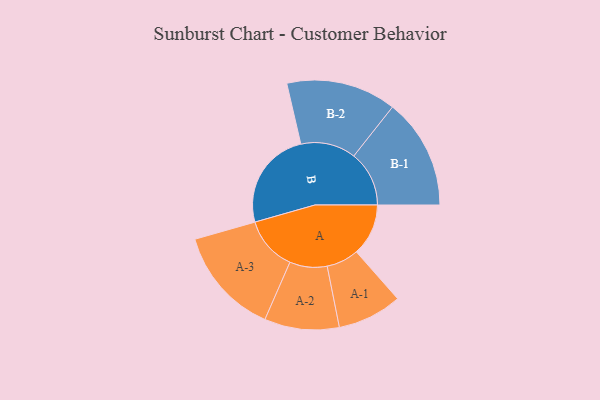
{"axis": {"x": "Segment", "y": "Value"}, "legend": ["", "A", "B"], "data": [{"x": "A", "y": 203, "type": ""}, {"x": "B", "y": 388, "type": ""}, {"x": "A-1", "y": 126, "type": "A"}, {"x": "A-2", "y": 146, "type": "A"}, {"x": "A-3", "y": 211, "type": "A"}, {"x": "B-1", "y": 216, "type": "B"}, {"x": "B-2", "y": 215, "type": "B"}]}